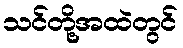
သင်တို့အထဲတွင်